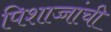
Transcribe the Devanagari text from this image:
पिशाच्चांची